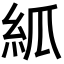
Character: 𥾭